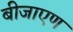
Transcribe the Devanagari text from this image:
बीजाएण